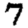
Digit: 7